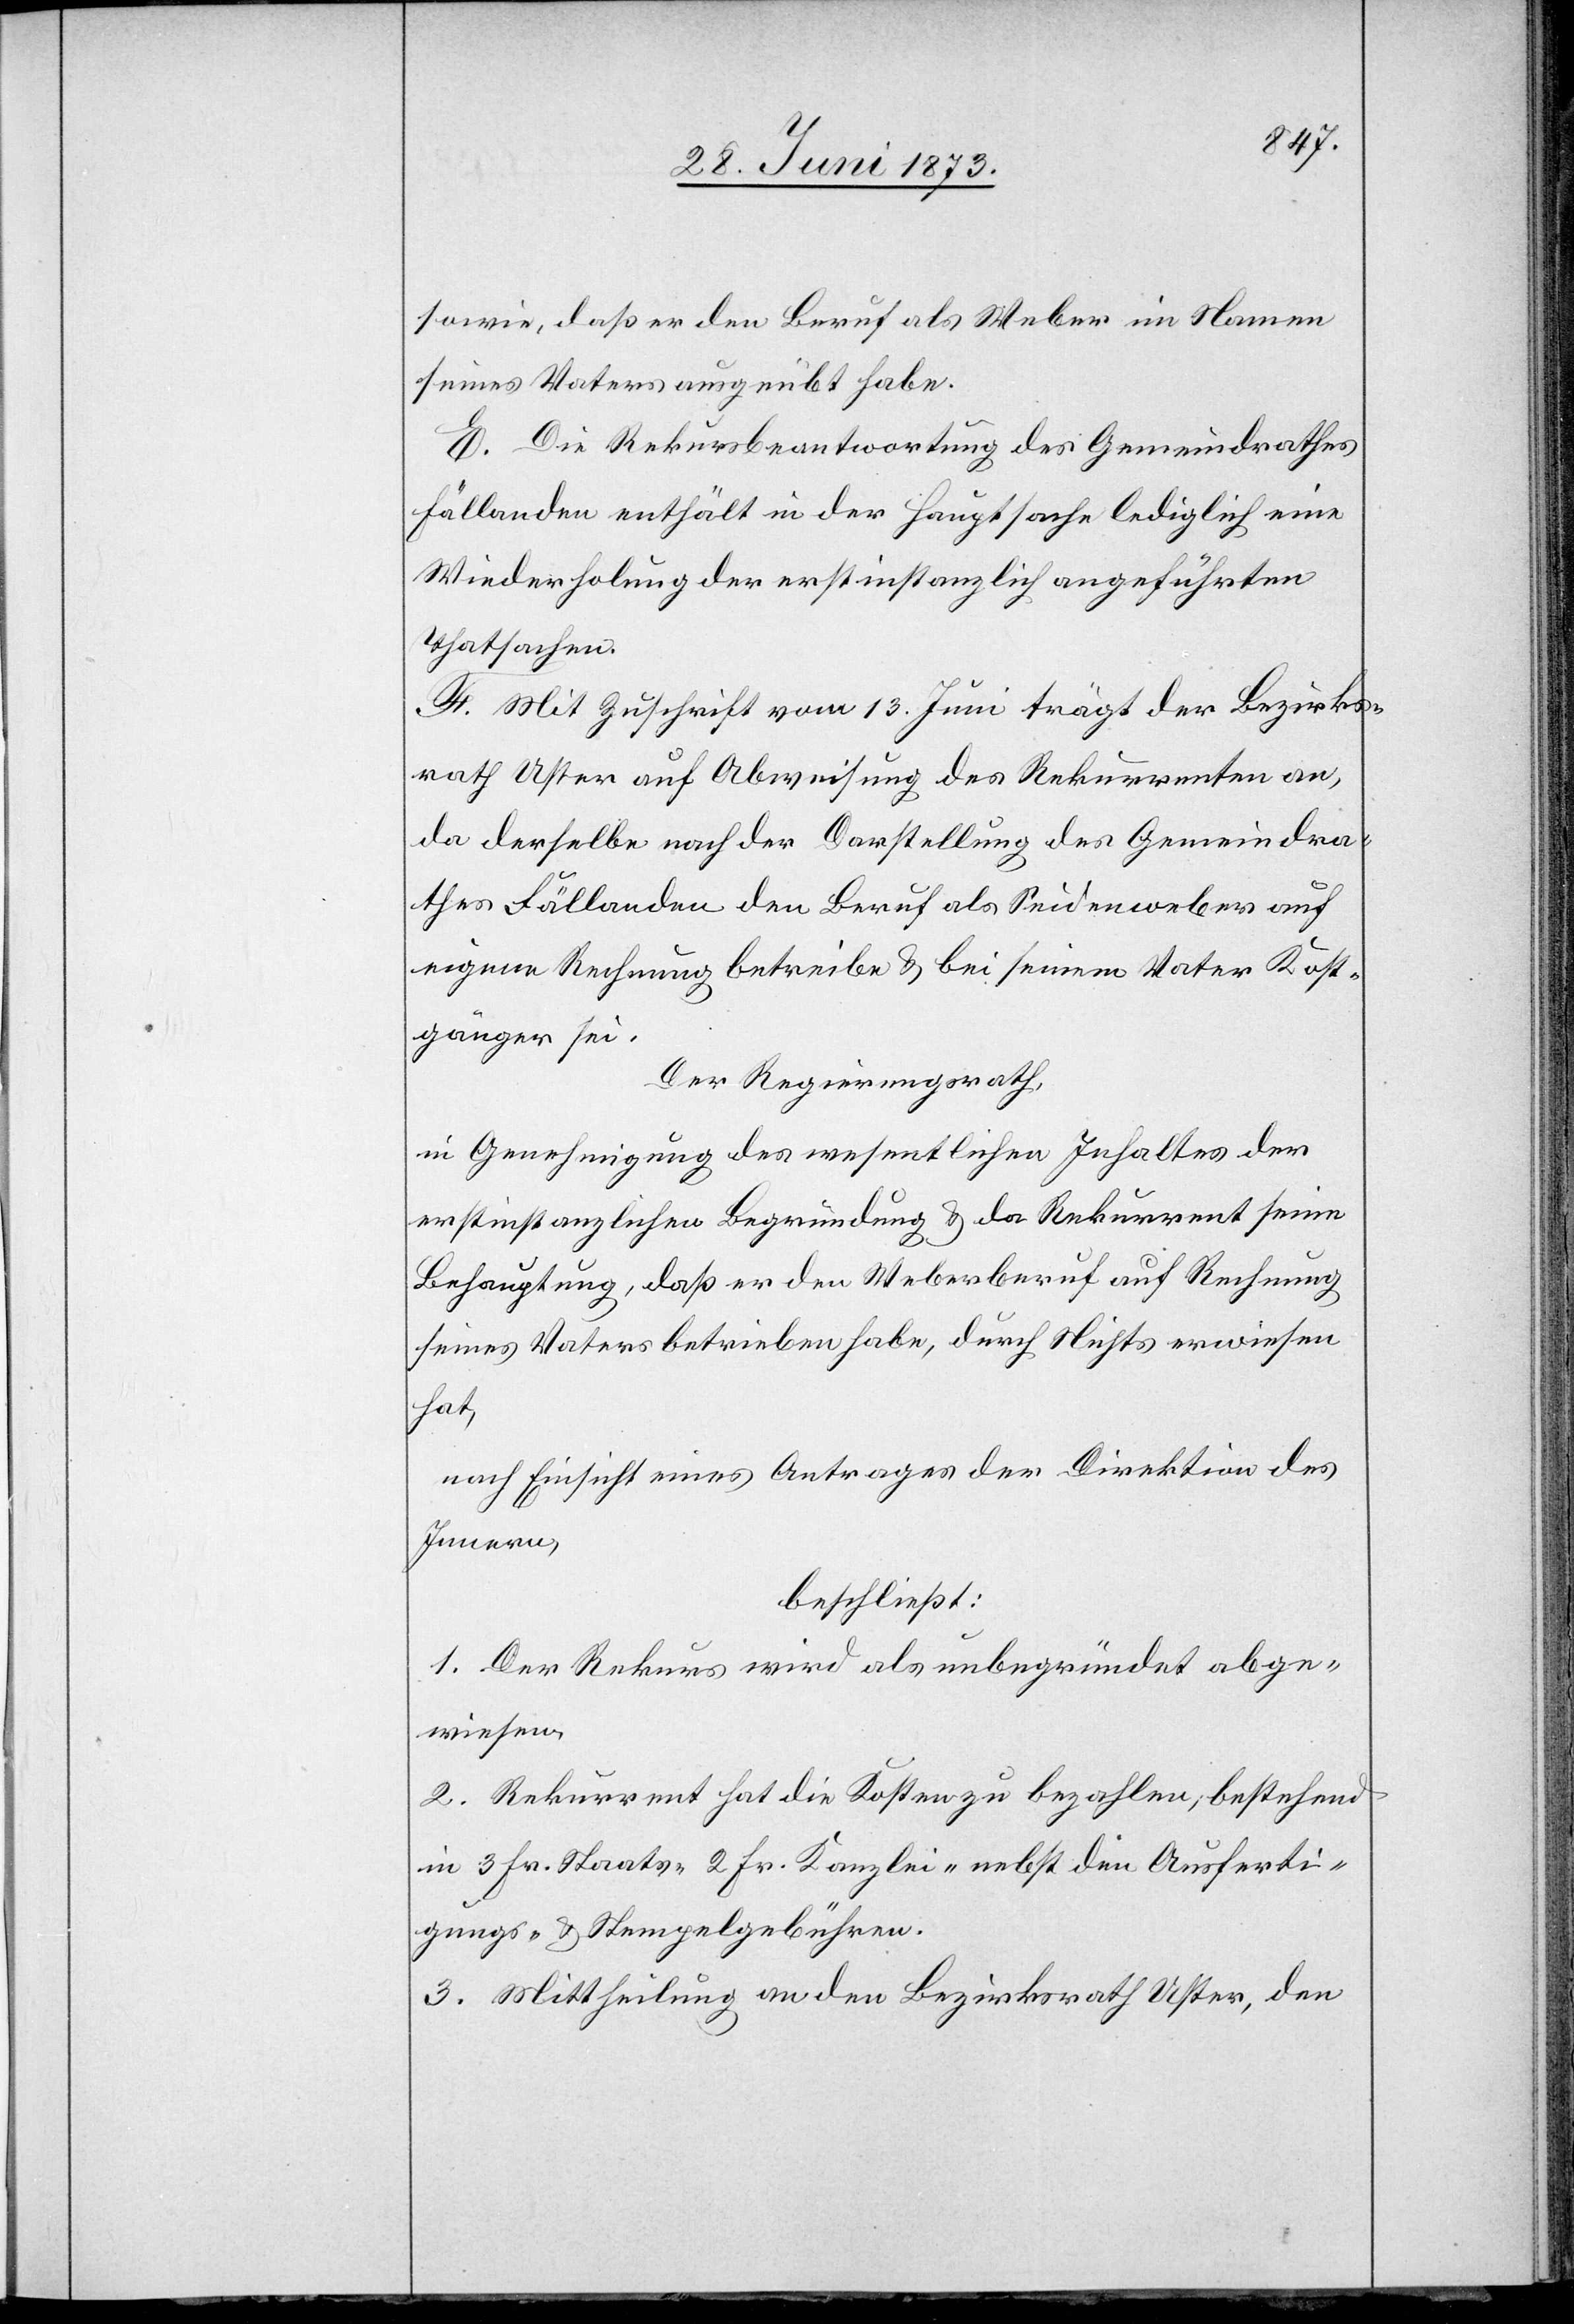
sowie, daß er den Beruf als Weber im Namen
seines Vater ausgeübt habe.
E. Die Rekursbeantwortung des Gemeindrathes
Fällanden enthält in der Hauptsache lediglich eine
Wiederholung der erstinstanzlich angeführten
Thatsachen.
F. Mit Zuschrift vom 13. Juni trägt der Bezirks¬
rath Uster auf Abweisung des Rekurrenten an,
da derselbe nach der Darstellung des Gemeindra¬
thes Fällanden den Beruf als Seidenweber auf
eigene Rechnung betreibe & bei seinem Vater Kost¬
gänger sei.
Der Regierungsrath,
in Genehmigung des wesentlichen Inhaltes der
erstinstanzlichen Begründung & da Rekurrent seine
Behauptung, daß er den Weberberuf auf Rechnung
seines Vaters betrieben habe, durch Nichts erwiesen
hat,
nach Einsicht eines Antrages der Direktion des
Innern,
beschließt:
1. Der Rekurs wird als unbegründet abge¬
wiesen.
2. Rekurrent hat die Kosten zu bezahlen; bestehend
in 3 Fr. Staats- 2 Fr. Kanzlei- nebst den Ausferti¬
gungs- & Stempelgebühren.
3. Mittheilung an den Bezirksrath Uster, den